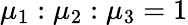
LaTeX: \mu_{1}:\mu_{2}:\mu_{3}=1